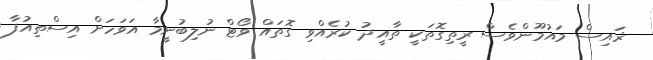
ޜައިސް މައުމޫންވެސް ރީތިގޮތަކީ ތާއީދު ކުރެއްވި ގޮތައް ވޯޓް ނުލިބުނީމާ އަވަހަށް އިސްތިއުފާ